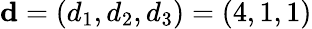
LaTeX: \mathbf{d}=(d_{1},d_{2},d_{3})=(4,1,1)